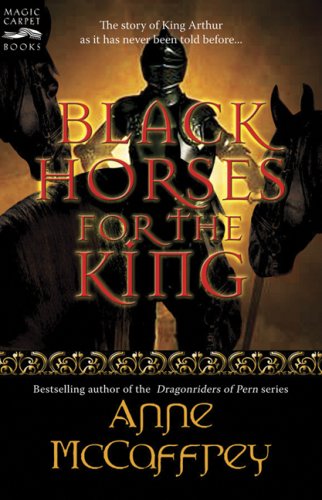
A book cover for Black Horses for the King (Magic Carpet Books); Anne McCaffrey; Teen & Young Adult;